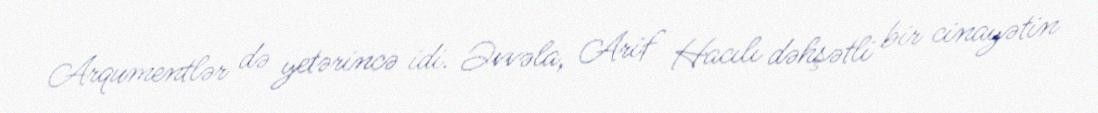
Arqumentlər də yetərincə idi. Əvvəla, Arif Hacılı dəhşətli bir cinayətin